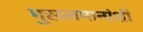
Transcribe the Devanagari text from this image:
मुसलमानांशी